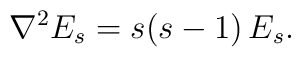
{\nabla^2 E_s = s(s-1) \, E_s.}